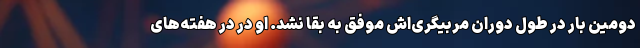
دومین بار در طول دوران مربیگری‌اش موفق به بقا نشد. او در در هفته‌های